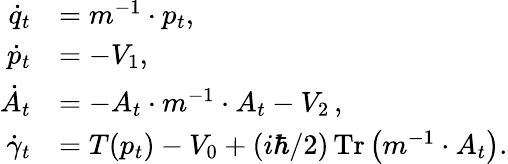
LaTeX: \begin{array}{rl}{\dot{q}_{t}}&{=m^{-1}\cdot p_{t},}\\ {\dot{p}_{t}}&{=-V_{1},}\\ {\dot{A}_{t}}&{=-A_{t}\cdot m^{-1}\cdot A_{t}-V_{2}\, ,}\\ {\dot{\gamma}_{t}}&{=T(p_{t})-V_{0}+(i\hbar/2)\operatorname*{Tr}\left(m^{-1}\cdot A_{t}\right).}\end{array}